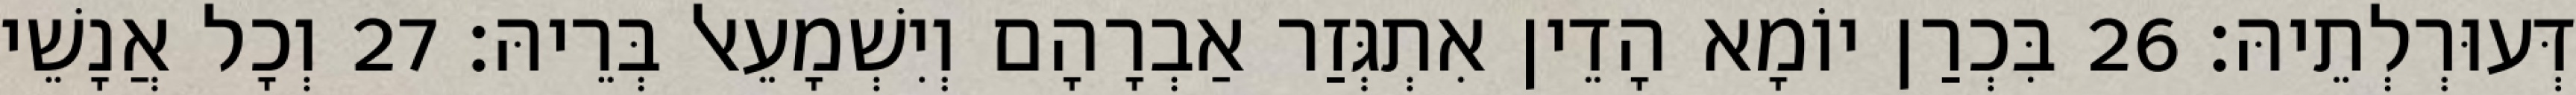
דְּעוּרְלְתֵיהּ׃ 26 בִּכְרַן יוֹמָא הָדֵין אִתְגְּזַר אַבְרָהָם וְיִשְׁמָעֵאל בְּרֵיהּ׃ 27 וְכָל אֲנָשֵׁי